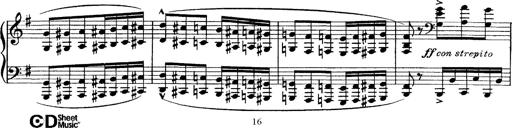
Title: Tarantelle di bravura dâ€™aprÃ¨s la tarantelle de La muette de Portici
Composer: Franz Liszt